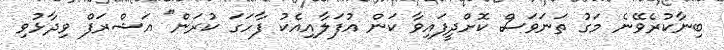
ބިނާކުރެވޭނެ މަގު ތަނަވަސް ކޮށްދީފައިވާ ކަން އުފަލާއިއެކު ފާހަގަ ކުރަން" އަޝްރަފް ވިދާޅުވި